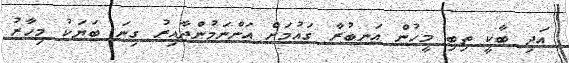
އަދި ބާކީ ތިބި މީހުން އަނބުރާ ގައުމަށް އަންނަމުންދާއިރު ގިނަ ބަޔަކު މިހާރު